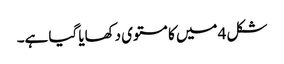
شکل 4 میں کا مستوی دکھایا گیا ہے۔